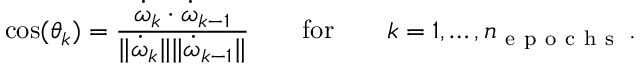
\cos ( \theta _ { k } ) = \frac { \boldsymbol { \dot { \omega } } _ { k } \cdot \boldsymbol { \dot { \omega } } _ { k - 1 } } { \| \boldsymbol { \dot { \omega } } _ { k } \| \| \boldsymbol { \dot { \omega } } _ { k - 1 } \| } \qquad \mathrm { f o r } \qquad k = 1 , \dots , n _ { \mathrm { ~ e ~ p ~ o ~ c ~ h ~ s ~ } } \, .